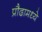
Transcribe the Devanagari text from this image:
प्रौढामध्ये